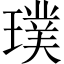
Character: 璞